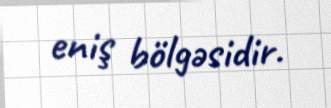
eniş bölgəsidir.